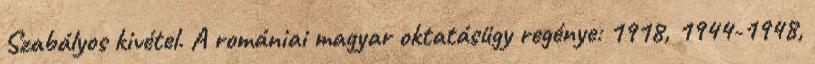
Szabályos kivétel. A romániai magyar oktatásügy regénye: 1918, 1944-1948,